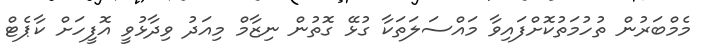
މެމްބަރުން ތުހުމަތުކޮށްފައިވާ މައްސަލަތަކާ ގުޅޭ ގޮތުން ނިޒާމް މިއަދު ވިދާޅުވީ އޮފީހަށް ކާޕެޓް